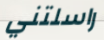
راسلتني